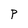
Character: P